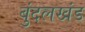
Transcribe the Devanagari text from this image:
बुंदलखंड